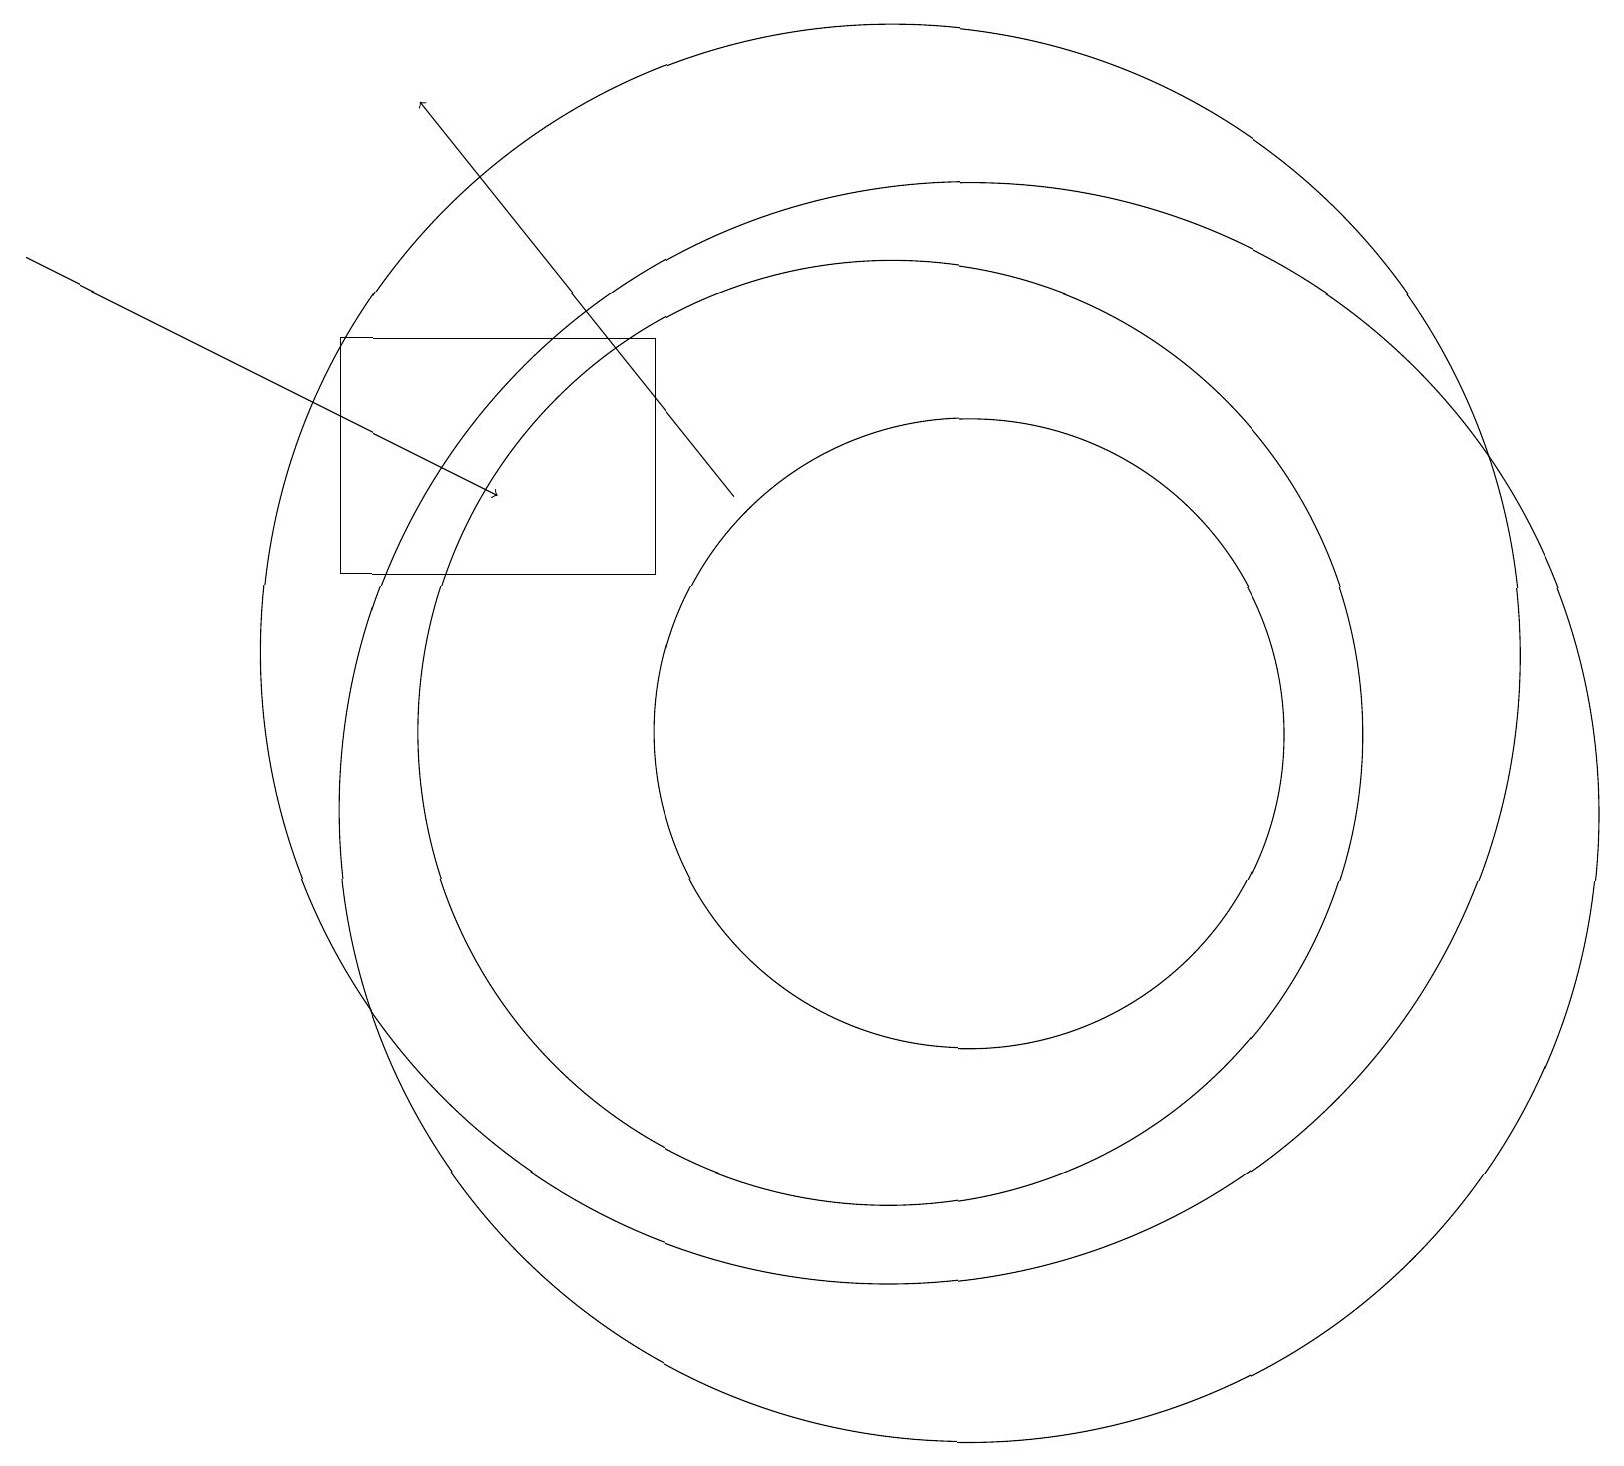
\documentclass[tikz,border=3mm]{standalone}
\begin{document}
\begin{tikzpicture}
\draw[->] (0,17) -- (6,14);
\draw (12,10) circle (8);
\draw (12,11) circle (4);
\draw[->] (9,14) -- (5,19);
\draw (8,16) rectangle (4,13);
\draw (11,11) circle (6);
\draw (11,12) circle (8);
\draw (10,12) circle (0);
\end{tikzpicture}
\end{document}